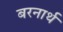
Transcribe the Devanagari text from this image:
बरनार्थ